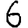
Digit: 6